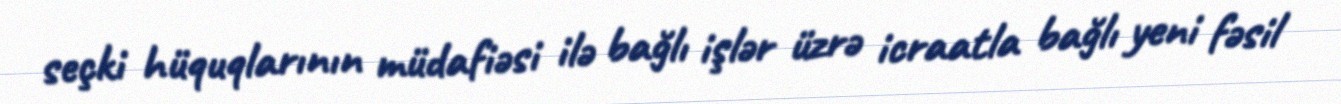
seçki hüquqlarının müdafiəsi ilə bağlı işlər üzrə icraatla bağlı yeni fəsil